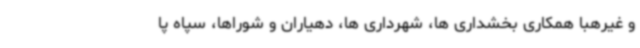
و غیرهبا همکاری بخشداری ها، شهرداری ها، دهیاران و شوراها، سپاه پا